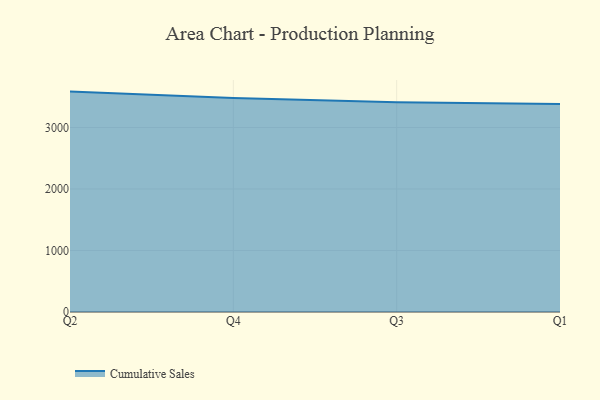
{"axis": {"x": "Quarter", "y": "Website Visitors"}, "legend": ["Cumulative Sales"], "data": [{"x": "Q2", "y": 3584.3, "type": "Cumulative Sales"}, {"x": "Q4", "y": 3479.0, "type": "Cumulative Sales"}, {"x": "Q3", "y": 3410.6, "type": "Cumulative Sales"}, {"x": "Q1", "y": 3380.9, "type": "Cumulative Sales"}]}